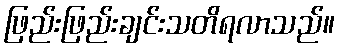
ဖြည်းဖြည်းချင်းသတိရလာသည်။